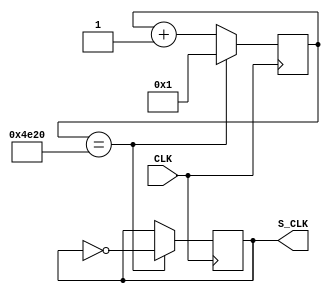
`timescale 1ns / 1ps
//////////////////////////////////////////////////////////////////////////////////
// Company: 
// Engineer: 
// 
// Design Name: 
// Module Name:    DFCLW100 
// Project Name: 
// Target Devices: 
// Tool versions: 
// Description: 
//
// Dependencies: 
//
// Revision: 
// Revision 0.01 - File Created
// Additional Comments: 
//
//////////////////////////////////////////////////////////////////////////////////
module DFCLW100(CLK, S_CLK);
    input CLK;
    output S_CLK;

    reg S_CLK = 1'b0;
    reg [25:0]CEOUT = 16'd1;

    always @(posedge CLK) begin
        if (CEOUT == 15'd20000)
        begin
            CEOUT <= 15'd1;
            S_CLK <= ~S_CLK; // check
        end
        else
        begin
            CEOUT <= CEOUT + 15'd1;
        end
    end
endmodule